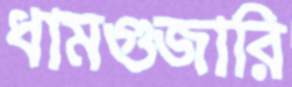
ধামগুজারি